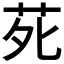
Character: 𫟍